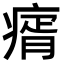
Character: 𤸀